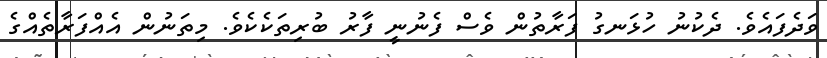
ވަދެފައެވެ. ދެކުނު ހުޅަނގު ފަރާތުން ވެސް ފެނުނީ ފާރު ބުރިތަކެކެވެ. މިތަނުން އެއްފަރާތެއްގެ